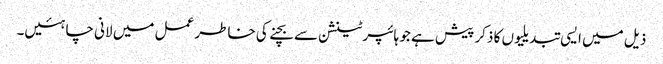
ذیل میں ایسی تبدیلیوں کا ذکر پیش ہے جو ہائپرٹینشن سے بچنے کی خاطر عمل میں لانی چاہئیں۔